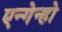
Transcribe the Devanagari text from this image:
एन्गेन्हो